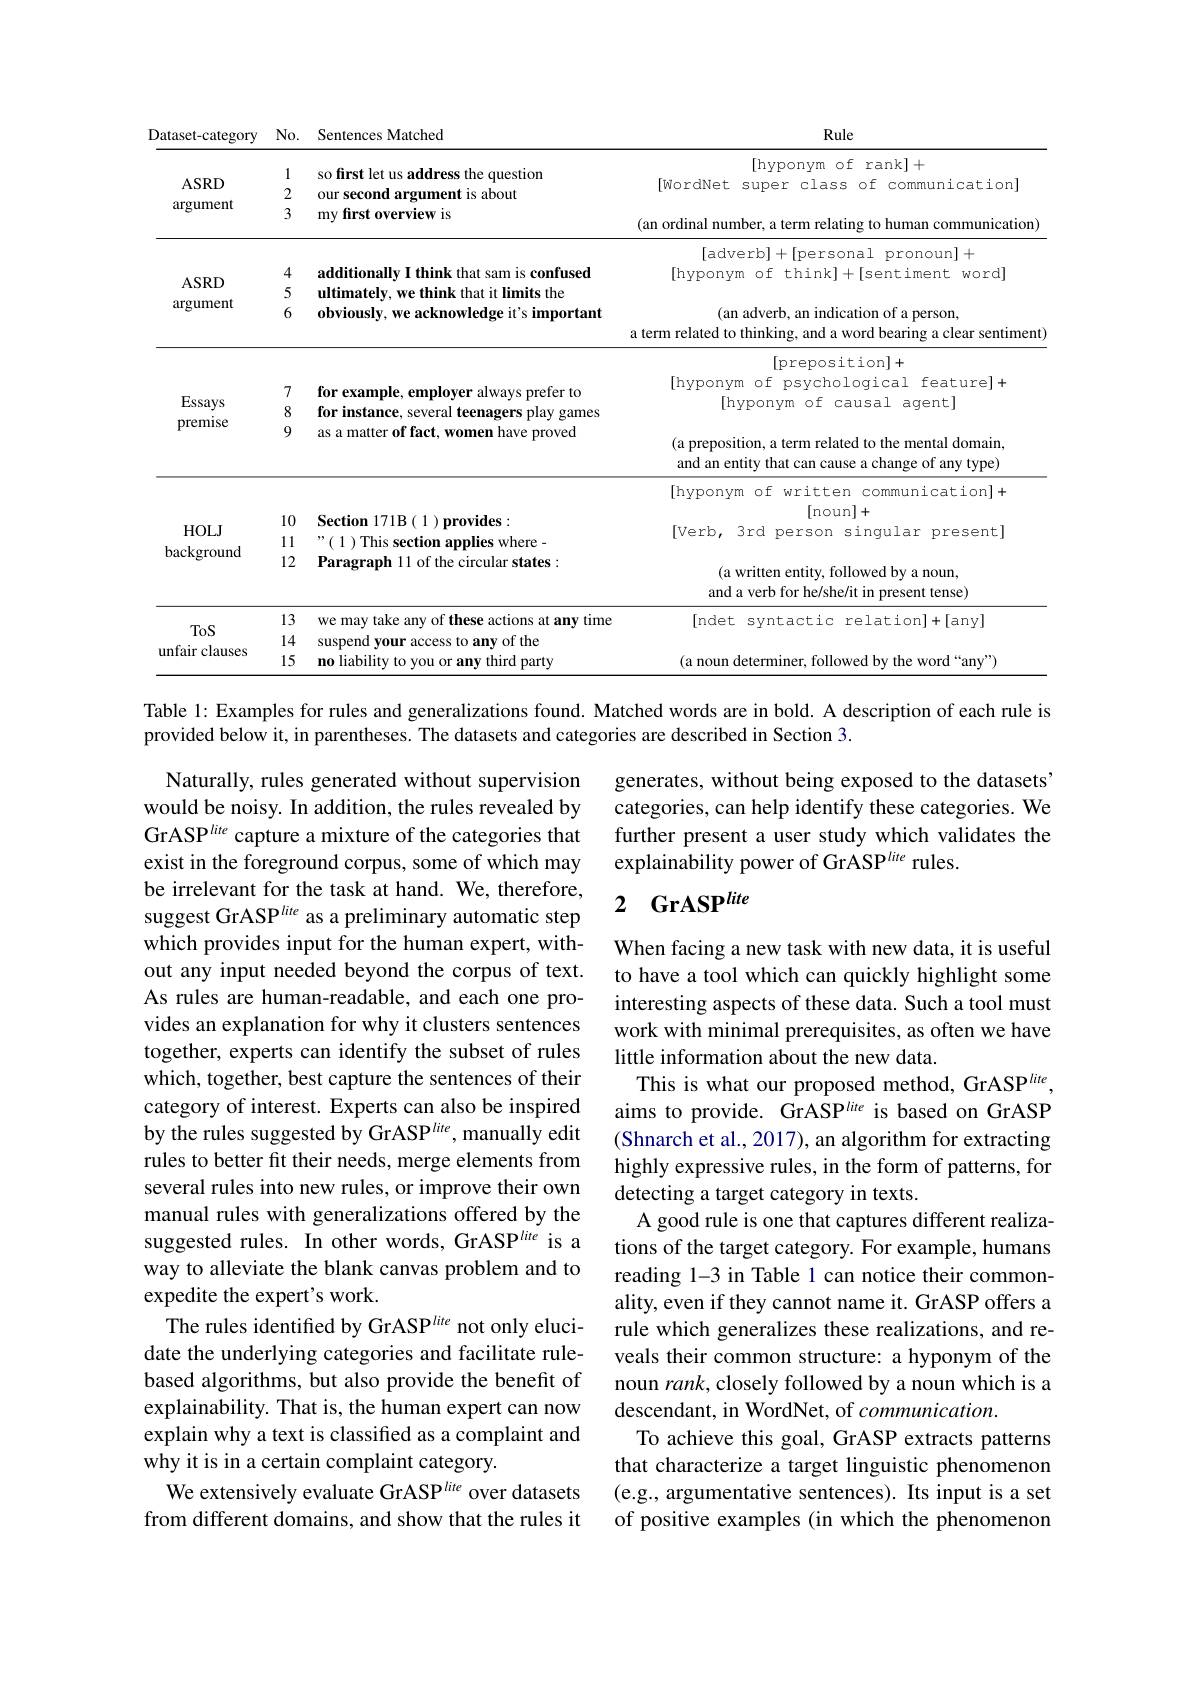
<table>
	<tbody>
		<tr>
			<th rowspan="3">$ASRD$ argument</th>
			<th>1 2 3</th>
			<th>so first let us address the question our second argument is about my first overview is</th>
			<th>[hyponym of rank]+ [ WordNet super class of communication]</th>
		</tr>
		<tr>
			<th>1 2</th>
			<th>so first let us address the question our second argument is about</th>
			<th>[hyponym of rank]+ [ WordNet super class of communication]</th>
		</tr>
		<tr>
			<th>3</th>
			<th>my first overview is</th>
			<th>(an ordinal number, a term relating to human communication)</th>
		</tr>
		<tr>
			<td rowspan="1">$ASRD$ argument</td>
			<td>4 5 6</td>
			<td>additionally I think that sam is confused ultimatelv, we think that it limits the</td>
			<td>[adverb]+[personal pronoun]+ [hyponym of think]+[sentiment word]</td>
		</tr>
		<tr>
			<td> </td>
			<td>U</td>
			<td>$\mathbf{mpwn}$</td>
			<td>${\textbf{d person,}}$ a term related to thinking, and a word bearing a clear sentiment</td>
		</tr>
		<tr>
			<td rowspan="2">Essays premise</td>
			<td>7 8 0</td>
			<td>for example, employer always prefer to for instance, several teenagers play games</td>
			<td>[preposition]+ [hyponym of psychological feature]+ [hyponym of causal agent]</td>
		</tr>
		<tr>
			<td>9</td>
			<td>as a matter of fact, women have proved</td>
			<td>(a preposition, a term related to the mental domain, and an entity that can cause a change of any type)</td>
		</tr>
		<tr>
			<td rowspan="3">$HOLJ$ background</td>
			<td> </td>
			<td> </td>
			<td>[hyponym of written communication]+</td>
		</tr>
		<tr>
			<td>10 11</td>
			<td>Section 171B ( 1 ) provides: " ( 1 ) This section applies where -</td>
			<td>[Verb, 3rd person singular present]</td>
		</tr>
		<tr>
			<td>12</td>
			<td>Paragraph 11 of the circular states:</td>
			<td>(a written entity, followed by a noun, and a verb for he/she/it in present tense)</td>
		</tr>
		<tr>
			<td rowspan="3">ToS unfair clauses</td>
			<td>13 14 15</td>
			<td>we may take any of these actions at any time suspend your access to any of the no liability to you or any third party</td>
			<td>[ndet syntactic relation]+[any] (a noun determiner, followed by the word “any”)</td>
		</tr>
		<tr>
			<td>13 14</td>
			<td>we may take any of these actions at any time suspend vour access to anv of the</td>
			<td>[ndet syntactic relation]+[any]</td>
		</tr>
		<tr>
			<td>15</td>
			<td>no liability to vou or any third party</td>
			<td>$\because anv^{\prime}$</td>
		</tr>
	</tbody>
</table>
Table 1: Examples for rules and generalizations found. Matched words are in bold. A description of each rule is

provided below it, in parentheses. The datasets and categories are described in Section 3.

generates, without being exposed to the datasets' categories, can help identify these categories. We further present a user study which validates the explainability power of GrASP$^{lite}$ rules.

# 2 GrASP$^lite$

Naturally, rules generated without supervision would be noisy. In addition, the rules revealed by GrASP$^lite$ capture a mixture of the categories that exist in the foreground corpus, some of which may be irrelevant for the task at hand. We, therefore, suggest GrASP$^lite$ as a preliminary automatic step which provides input for the human expert, without any input needed beyond the corpus of text. As rules are human-readable, and each one provides an explanation for why it clusters sentences together, experts can identify the subset of rules which, together, best capture the sentences of their category of interest. Experts can also be inspired by the rules suggested by GrASP$^lite$, manually edit rules to better fit their needs, merge elements from several rules into new rules, or improve their own manual rules with generalizations offered by the suggested rules. In other words, GrASP$^lite$ is a way to alleviate the blank canvas problem and to expedite the expert's work.
The rules identified by GrASP$^{lite}$ not only elucidate the underlying categories and facilitate rulebased algorithms, but also provide the benefit of explainability. That is, the human expert can now explain why a text is classified as a complaint and why it is in a certain complaint category.
We extensively evaluate GrASP$^{lite}$ over datasets from different domains, and show that the rules it

When facing a new task with new data, it is useful to have a tool which can quickly highlight some interesting aspects of these data. Such a tool must work with minimal prerequisites, as often we have little information about the new data.
This is what our proposed method, GrASP$^lite$, aims to provide. GrASP$^lite$ is based on GrASP (Shnarch et al., 2017), an algorithm for extracting highly expressive rules, in the form of patterns, for detecting a target category in texts.
A good rule is one that captures different realizations of the target category. For example, humans reading 1-3 in Table 1 can notice their commonality, even if they cannot name it. GrASP offers a rule which generalizes these realizations, and reveals their common structure: a hyponym of the noun $rank$, closely followed by a noun which is a descendant, in WordNet, of $communication.$
To achieve this goal, GrASP extracts patterns that characterize a target linguistic phenomenon (e.g., argumentative sentences). Its input is a set of positive examples (in which the phenomenon